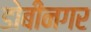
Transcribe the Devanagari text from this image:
डोबीनगर